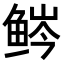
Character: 𬶒